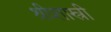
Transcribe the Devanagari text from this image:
श्रीशास्त्री